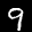
Label: 9